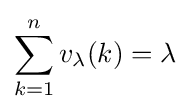
\sum _{k=1}^{n}v_{\lambda }(k)=\lambda